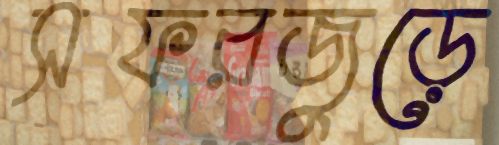
সফরজুড়ে